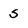
Character: S